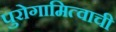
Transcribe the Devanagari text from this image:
पुरोगामित्वाची